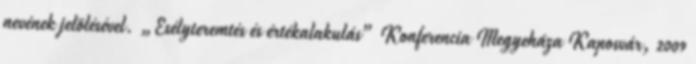
nevének jelölésével. „Esélyteremtés és értékalakulás” Konferencia Megyeháza Kaposvár, 2009